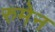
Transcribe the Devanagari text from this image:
रुमेन